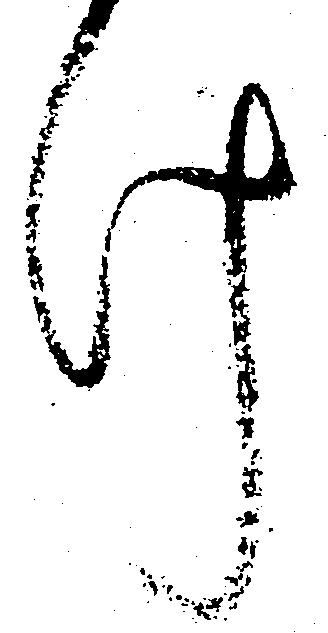
け